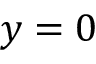
y = 0